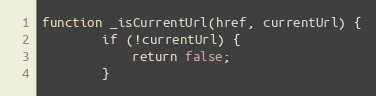
Language: JavaScript
function _isCurrentUrl(href, currentUrl) {
        if (!currentUrl) {
            return false;
        }